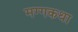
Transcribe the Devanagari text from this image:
मग्गकथा